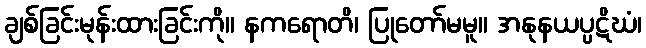
ချစ်ခြင်းမုန်းထားခြင်းကို။ နကရောတိ၊ ပြုတော်မမူ။ အနုနယပ္ပဋိဃံ၊